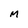
Character: M